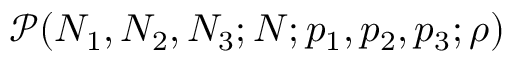
\mathcal { P } ( N _ { 1 } , N _ { 2 } , N _ { 3 } ; N ; p _ { 1 } , p _ { 2 } , p _ { 3 } ; \rho )